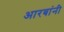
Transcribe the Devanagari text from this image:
आरबांनी